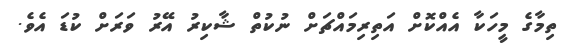
ތިމާގެ މީހަކާ އެއްކޮށް އަތިރިމައްޗަށް ނުކުތް ޝާކިރު އޭރު ވަރަށް ކުޑަ އެވެ.